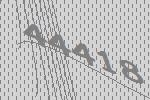
44418